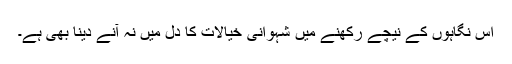
اس نگاہوں کے نیچے رکھنے میں شہوانی خیالات کا دل میں نہ آنے دینا بھی ہے۔